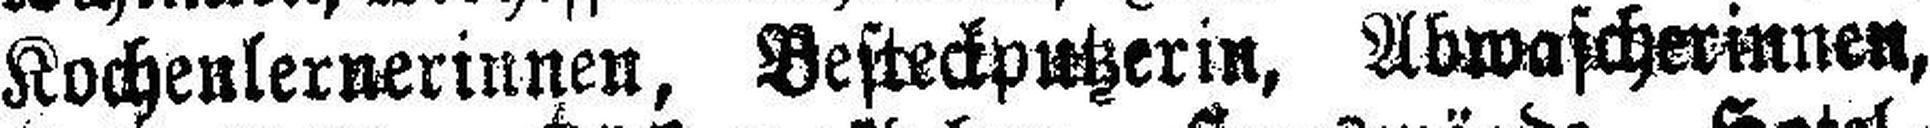
Kochenlernerinnen, Besteckputzerin, Abwascherinnen,